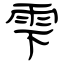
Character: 雫